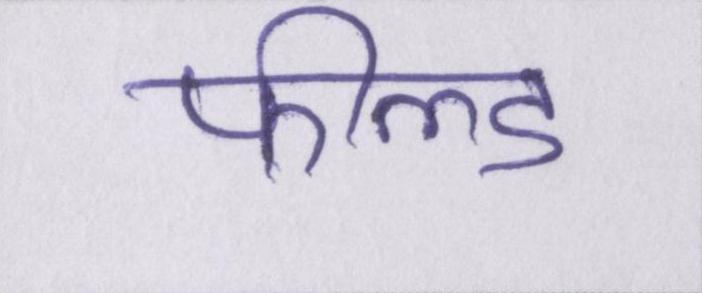
फील्ड